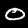
Label: 0